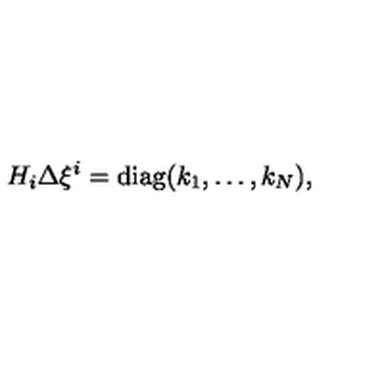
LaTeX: H _ { i } \Delta \xi ^ { i } = \mathrm { d i a g } ( k _ { 1 } , \ldots , k _ { N } ) ,